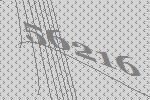
56216